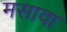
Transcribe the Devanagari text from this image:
मसावा